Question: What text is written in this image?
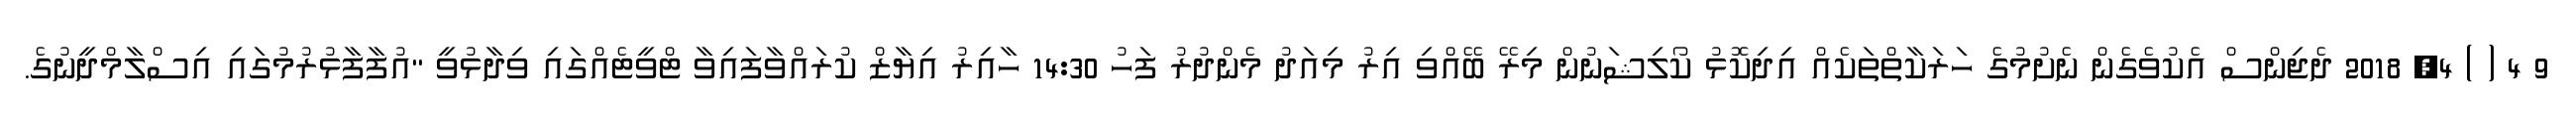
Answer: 9 4 ( ) 4, 2018 ދެޖިންސް އެކުވެގެން ނެށުމުގެ ހަރަކާތްތަކެއް އިދިކޮޅު ކޯލިޝަނުން މިރޭ ބޭއްވި އިރު މިއަދު މެންދުރު ފަހު 14:30 ހާއިރު އިޔާޒް ކުރައްވާފައިވާ ޓްވީޓެއްގައި ވިދާޅުވީ "އުފާފާޅުރުމުގައި އިސްލާމްދީނުގެ.